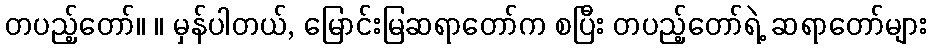
တပည့်တော်။ ။ မှန်ပါတယ်, မြောင်းမြဆရာတော်က စပြီး တပည့်တော်ရဲ့ ဆရာတော်များ